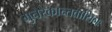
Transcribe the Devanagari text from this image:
मुनेरेकान्तवासिनः